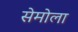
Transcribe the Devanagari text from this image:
सेमोला